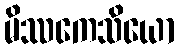
မိဿကေသိယော